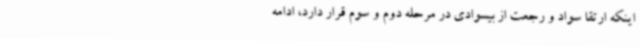
اینکه ارتقا سواد و رجعت از بیسوادی در مرحله دوم و سوم قرار دارد، ادامه